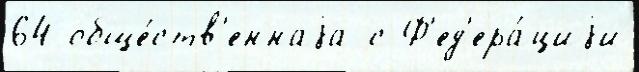
64 обще́ств'еннаjа с Ф'ед'ера́циjи